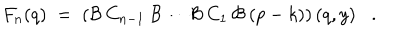
F _ { n } ( q ) \; = \; \left( { \cal { B } } \: C _ { n - 1 } \: { \cal { B } } \cdots { \cal { B } } \: C _ { 1 } \: { \cal { B } } \: ( p - k ) \right) ( q , y ) .